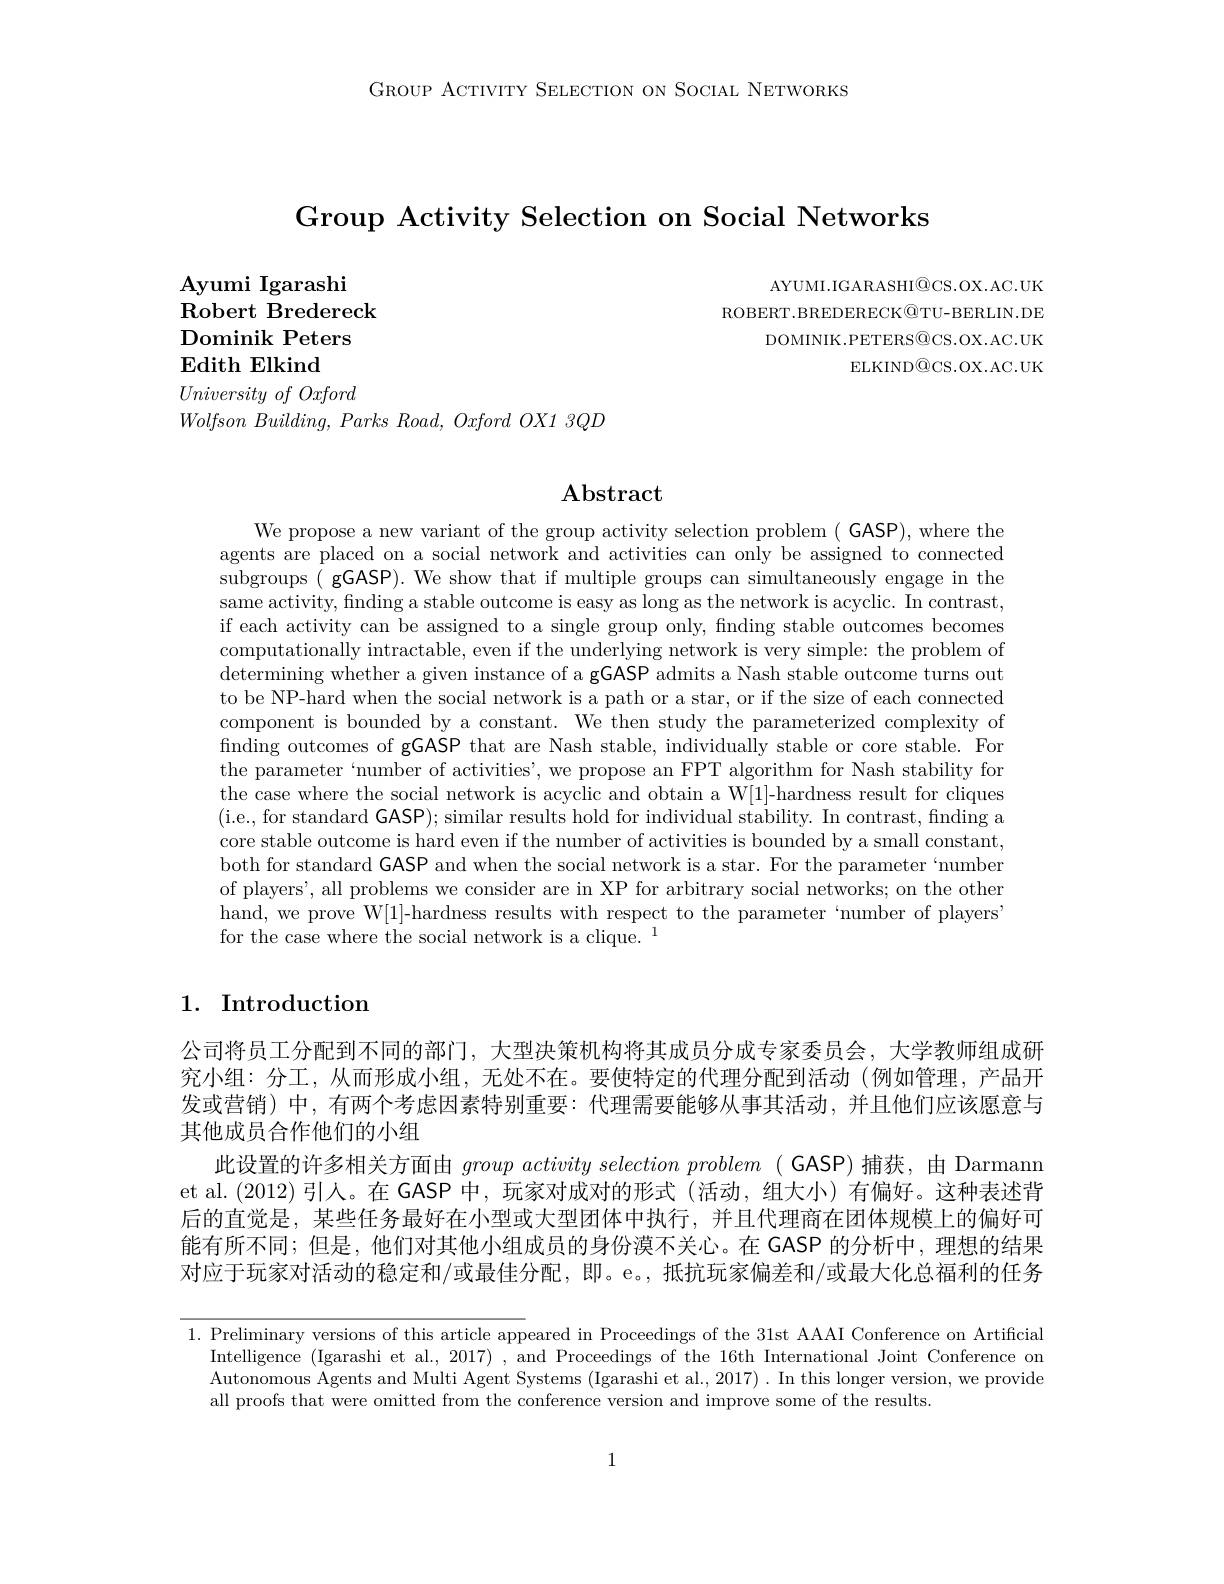
GROUP ACTIVITY SELECTION ON SOCIAL NETWORKS

Group Activity Selection on Social Networks

AYUMI. IGARASHI@ CS. OX. AC. UK ROBERT.BREDERECK@TU-BERLIN.DE
DOMINIK. PETERS@ CS. OX. AC. UK
ELKIND@ CS. OX. AC. UK

$\mathbf{Ayumi}$ Igarashi
$\operatorname{Robert}$ Bredereck
Dominik Peters
$\textbf{Edith Elkind}$
University $of$ Oxford
Wolfson $Building$, Parks $Road$, Oxford $OX1$ $3QD$

Abstract

We propose a new variant of the group activity selection problem ( GASP), where the agents are placed on a social network and activities can only be assigned to connected subgroups ( gGASP). We show that if multiple groups can simultaneously engage in the same activity, finding a stable outcome is easy as long as the network is acyclic. In contrast, if each activity can be assigned to a single group only, finding stable outcomes becomes computationally intractable, even if the underlying network is very simple: the problem of determining whether a given instance of a gGASP admits a Nash stable outcome turns out to be NP-hard when the social network is a path or a star, or if the size of each connected component is bounded by a constant. We then study the parameterized complexity of finding outcomes of gGASP that are Nash stable, individually stable or core stable. For the parameter `number of activities', we propose an FPT algorithm for Nash stability for the case where the social network is acyclic and obtain a W[1]-hardness result for cliques (i.e., for standard GASP); similar results hold for individual stability. In contrast, finding a core stable outcome is hard even if the number of activities is bounded by a small constant, both for standard GASP and when the social network is a star. For the parameter`number of players', all problems we consider are in XP for arbitrary social networks; on the other hand, we prove W[1]-hardness results with respect to the parameter `number of playersi for the case where the social network is a clique. 1

## 1. Introduction

公司将员工分配到不同的部门，大型决策机构将其成员分成专家委员会，大学教师组成研究小组：分工，从而形成小组，无处不在。要使特定的代理分配到活动(例如管理，产品开发或营销)中，有两个考虑因素特别重要：代理需要能够从事其活动，并且他们应该愿意与其他成员合作他们的小组
此设置的许多相关方面由groupactivityselectionproblem ( GASP)捕获，由 Darmann et al.(2012)引人。在 GASP 中，玩家对成对的形式 (活动，组大小) 有偏好。这种表述背后的直觉是，某些任务最好在小型或大型团体中执行，并且代理商在团体规模上的偏好可能有所不同；但是，他们对其他小组成员的身份漠不关心。在 GASP 的分析中，理想的结果对应于玩家对活动的稳定和/或最佳分配，即。e。,抵抗玩家偏差和/或最大化总福利的任务

1. Preliminary versions of this article appeared in Proceedings of the 31st AAAI Conference on Artificial
Intelligence (Igarashi et al., 2017) , and Proceedings of the 16th International Joint Conference on Autonomous Agents and Multi Agent Systems (Igarashi et al., 2017) . In this longer version, we provide all proofs that were omitted from the conference version and improve some of the results.

1